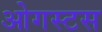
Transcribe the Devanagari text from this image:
ओगस्टस